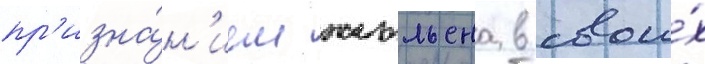
пр'изна́н'ием жюльена в свои́х